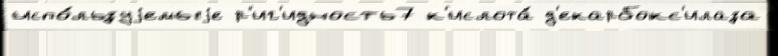
испо́льзуjемыjе р'иг'идность7 к'ислота́ д'екарбокс'илаза